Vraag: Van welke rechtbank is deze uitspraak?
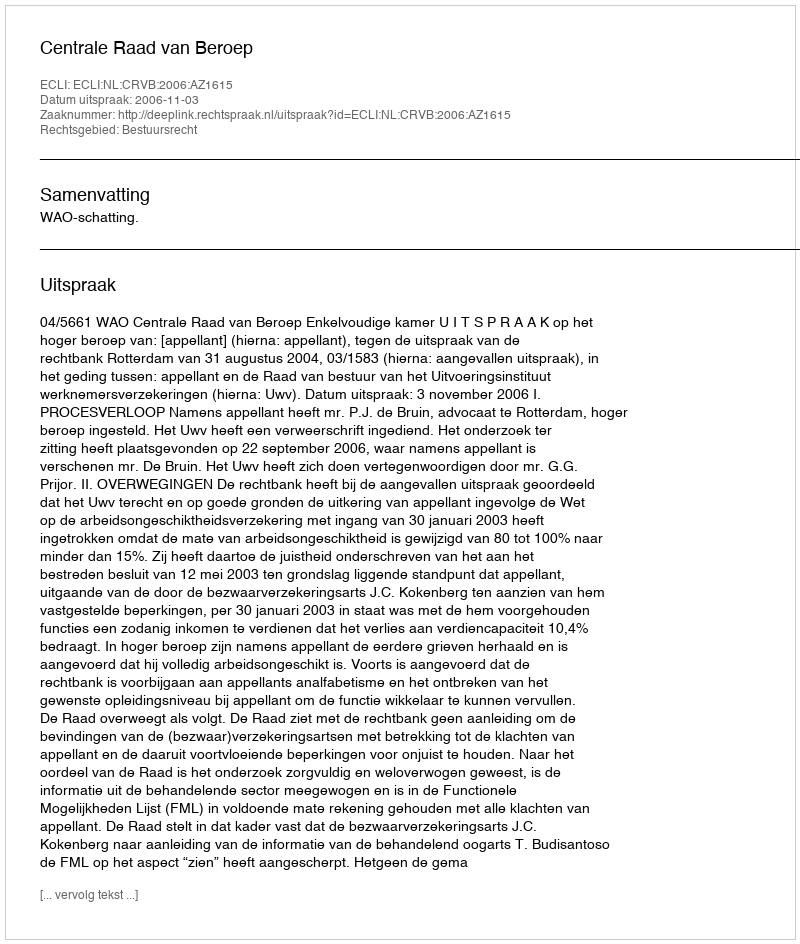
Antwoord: Centrale Raad van Beroep